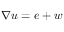
\nabla \boldsymbol { u } = \boldsymbol { e } + \boldsymbol { w }